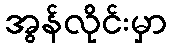
အွန်လိုင်းမှာ